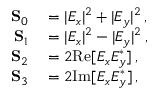
\begin{array} { r l } { \mathbf { S } _ { 0 } } & { { } = | E _ { x } | ^ { 2 } + | E _ { y } | ^ { 2 } \, , \phantom { Z Z Z Z } } \\ { \mathbf { S } _ { 1 } } & { { } = | E _ { x } | ^ { 2 } - | E _ { y } | ^ { 2 } \, , } \\ { \mathbf { S } _ { 2 } } & { { } = 2 \mathrm { R e } [ E _ { x } E _ { y } ^ { \ast } ] \, , } \\ { \mathbf { S } _ { 3 } } & { { } = 2 \mathrm { I m } [ E _ { x } E _ { y } ^ { \ast } ] \, , } \end{array}